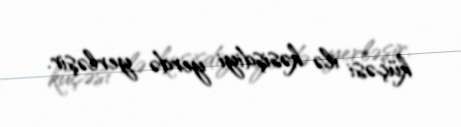
küçəsi ilə kəsişdiyi yerdə yerləşir.